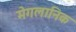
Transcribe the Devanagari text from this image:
मेगलानिक